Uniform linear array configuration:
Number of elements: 48
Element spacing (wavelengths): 0.5
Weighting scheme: hamming
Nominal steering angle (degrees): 0
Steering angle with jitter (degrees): -1.715
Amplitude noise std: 0.05
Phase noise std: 0.05

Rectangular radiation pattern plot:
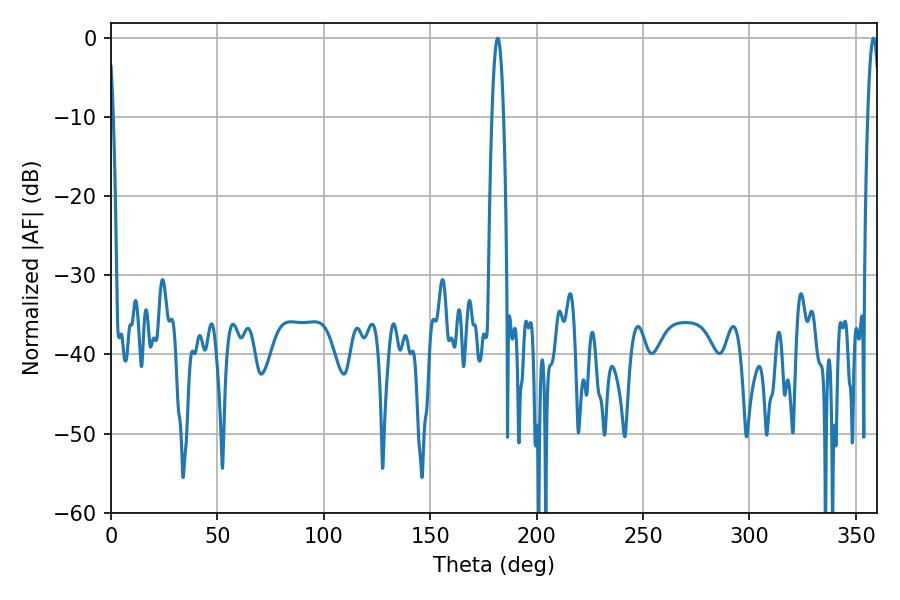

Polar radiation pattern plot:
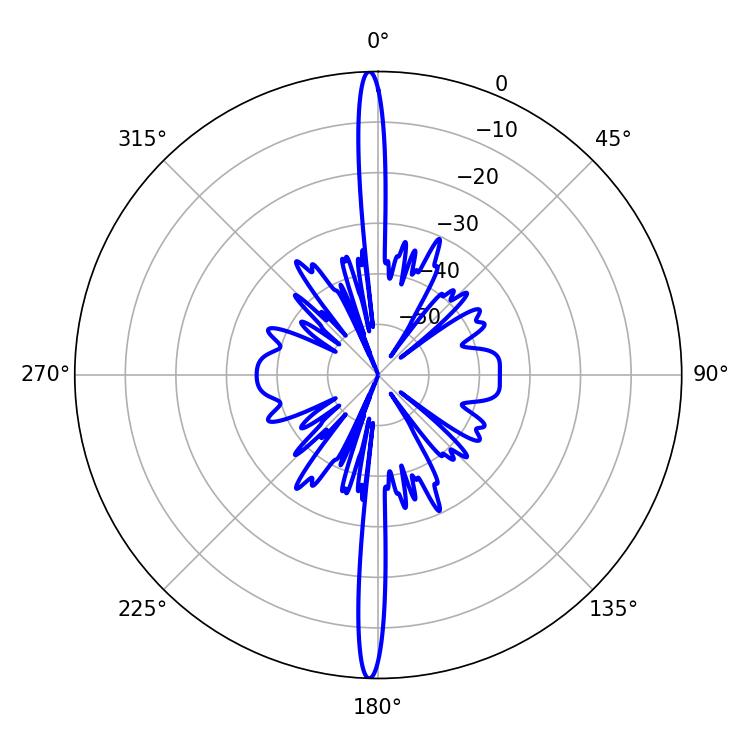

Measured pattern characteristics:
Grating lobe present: FALSE
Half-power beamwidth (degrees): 3.06
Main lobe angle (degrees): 358.2